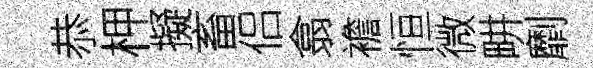
恭柙擬畜侣翕襜恒微畊劘